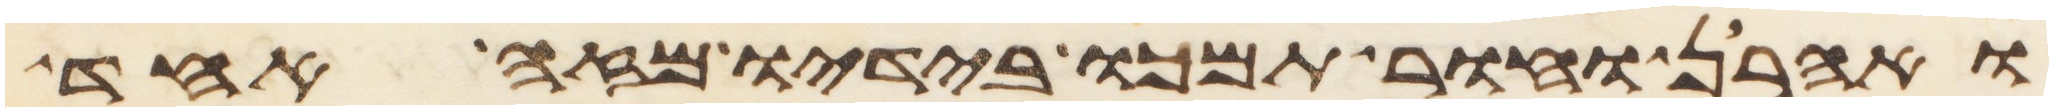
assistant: ואהרן וחור תמכו בידיו מזה אחד